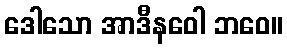
ဒေါသော အာဒီနဝေါ ဘဝေ။